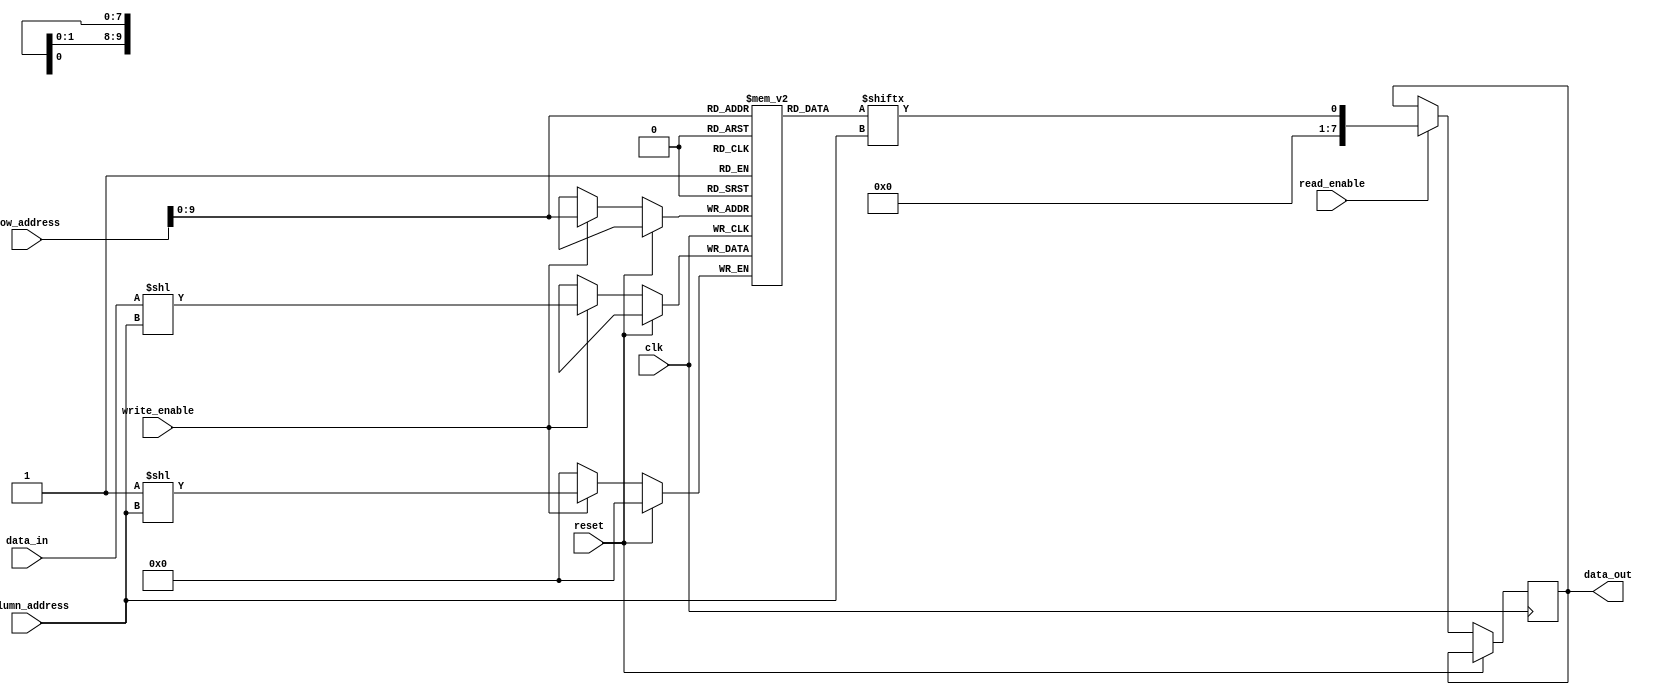
module SDRAM (
    input wire clk,
    input wire reset,
    input wire read_enable,
    input wire write_enable,
    input wire [10:0] row_address,
    input wire [9:0] column_address,
    input wire [7:0] data_in,
    output wire [7:0] data_out
);

reg [7:0] memory [0:1023]; // 1024 rows x 256 columns memory array

reg [10:0] current_row;
reg [9:0] current_column;
reg [7:0] current_data_out;

always @(posedge clk) begin
    if (reset) begin
        current_row <= 0;
        current_column <= 0;
    end else begin
        if (read_enable) begin
            current_data_out <= memory[row_address][column_address];
        end
        if (write_enable) begin
            memory[row_address][column_address] <= data_in;
        end
    end
end

assign data_out = current_data_out;

endmodule